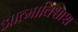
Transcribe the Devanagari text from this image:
आत्माविश्वाश